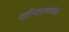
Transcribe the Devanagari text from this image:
बद्रीनारायणांना